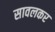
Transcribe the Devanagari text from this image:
सावलकर